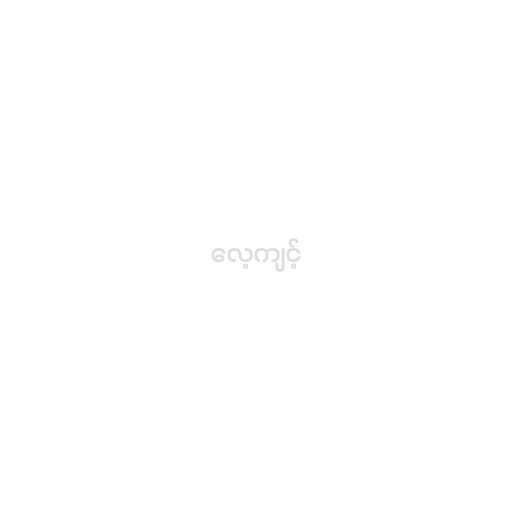
လေ့ကျင့်